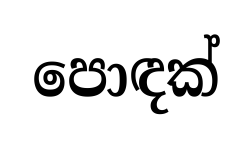
පොඳක්